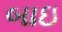
બાઇ